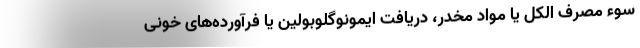
سوء مصرف الکل یا مواد مخدر، دریافت ایمونوگلوبولین یا فرآورده‌های خونی